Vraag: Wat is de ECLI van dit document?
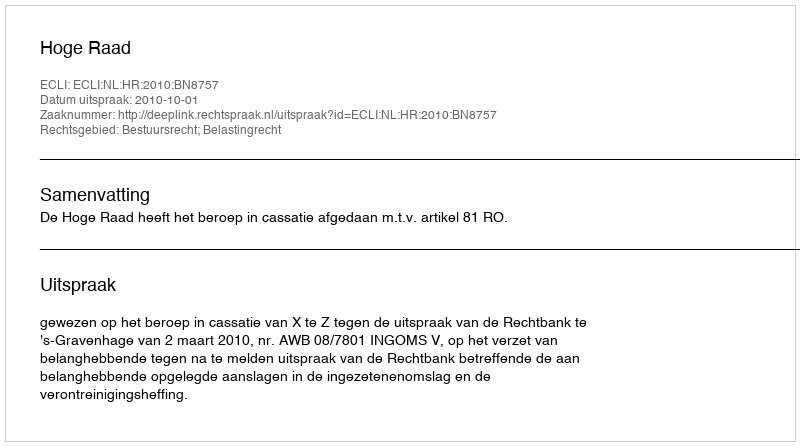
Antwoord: ECLI:NL:HR:2010:BN8757